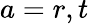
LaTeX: a=r,t